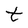
Character: t